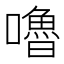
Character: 嚕